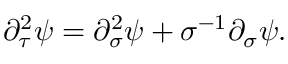
\partial _ { \tau } ^ { 2 } \psi = \partial _ { \sigma } ^ { 2 } \psi + \sigma ^ { - 1 } \partial _ { \sigma } \psi .